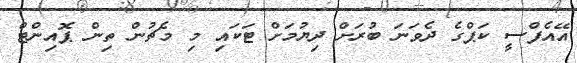
އޭއެފްސީ ކަޕްގެ ދެވަނަ ބުރަށް ދިޔުމަށް ޓަކައި މި މެޗުން ތިން ޕޮއިންޓް